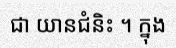
ជា យានជំនិះ ។ ក្នុង